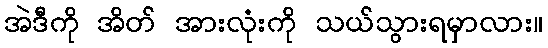
အဲဒီကို အိတ် အားလုံးကို သယ်သွားရမှာလား။